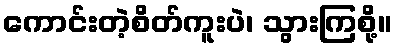
ကောင်းတဲ့စိတ်ကူးပဲ၊ သွားကြစို့။